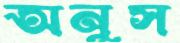
অনুস